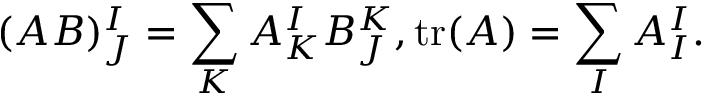
( A B ) _ { J } ^ { I } = \sum _ { K } A _ { K } ^ { I } B _ { J } ^ { K } , \operatorname { t r } ( A ) = \sum _ { I } A _ { I } ^ { I } .